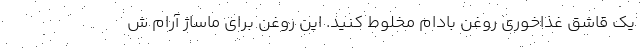
یک قاشق غذاخوری روغن بادام مخلوط کنید. این روغن برای ماساژ آرام ش